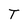
Character: T